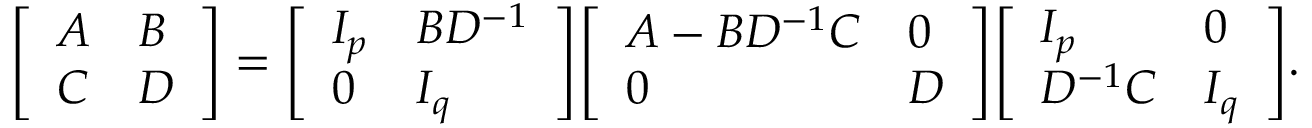
{ \left[ \begin{array} { l l } { A } & { B } \\ { C } & { D } \end{array} \right] } = { \left[ \begin{array} { l l } { I _ { p } } & { B D ^ { - 1 } } \\ { 0 } & { I _ { q } } \end{array} \right] } { \left[ \begin{array} { l l } { A - B D ^ { - 1 } C } & { 0 } \\ { 0 } & { D } \end{array} \right] } { \left[ \begin{array} { l l } { I _ { p } } & { 0 } \\ { D ^ { - 1 } C } & { I _ { q } } \end{array} \right] } .